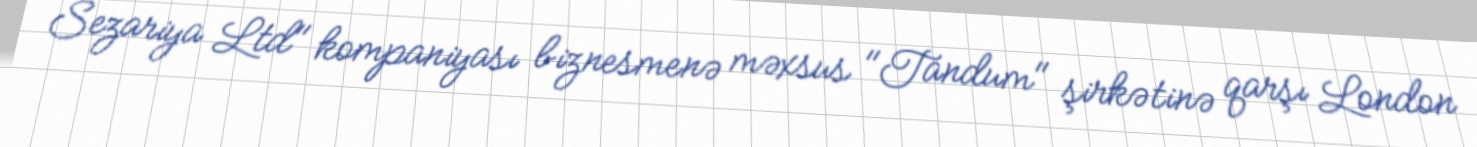
Sezariya Ltd" kompaniyası biznesmenə məxsus "Tandum" şirkətinə qarşı London